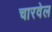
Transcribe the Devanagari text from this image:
चारवेल